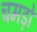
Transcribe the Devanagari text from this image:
चमड़ो